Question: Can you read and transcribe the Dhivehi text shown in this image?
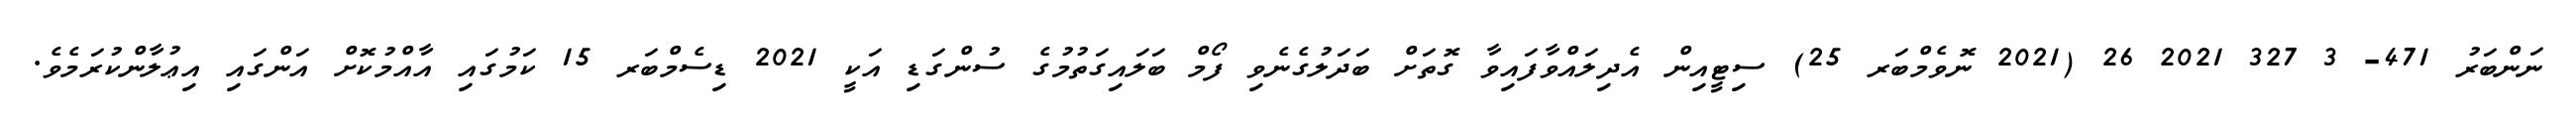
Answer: ނަންބަރު 471- 3 327 2021 26 (2021 ނޮވެމްބަރ 25) ސިޓީއިން އެދިލައްވާފައިވާ ގޮތަށް ބަދަލުގެނެވި ފޯމް ބަލައިގަތުމުގެ ސުންގަޑި އަކީ 2021 ޑިސެމްބަރ 15 ކަމުގައި އާއްމުކޮށް އަންގައި އިޢުލާންކުރަމެވެ.